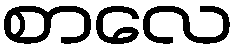
စာလေ